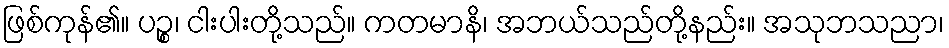
ဖြစ်ကုန်၏။ ပဉ္စ၊ ငါးပါးတို့သည်။ ကတမာနိ၊ အဘယ်သည်တို့နည်း။ အသုဘသညာ၊